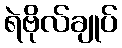
ရဲဗိုလ်ချုပ်